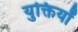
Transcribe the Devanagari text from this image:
युक्तियॉ